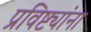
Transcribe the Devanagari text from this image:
प्रविष्ट्यांना